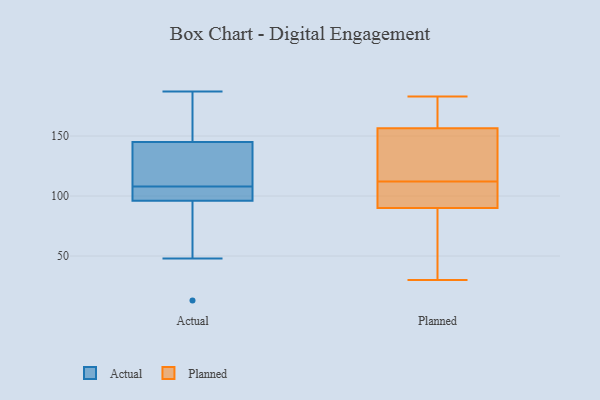
{"axis": {"x": "Revenue (USD Million)", "y": "Value"}, "legend": ["Actual", "Planned"], "data": [{"x": "", "y": 48, "type": "Actual"}, {"x": "", "y": 95, "type": "Actual"}, {"x": "", "y": 110, "type": "Actual"}, {"x": "", "y": 107, "type": "Actual"}, {"x": "", "y": 187, "type": "Actual"}, {"x": "", "y": 151, "type": "Actual"}, {"x": "", "y": 99, "type": "Actual"}, {"x": "", "y": 155, "type": "Actual"}, {"x": "", "y": 88, "type": "Actual"}, {"x": "", "y": 127, "type": "Actual"}, {"x": "", "y": 166, "type": "Actual"}, {"x": "", "y": 100, "type": "Actual"}, {"x": "", "y": 13, "type": "Actual"}, {"x": "", "y": 108, "type": "Actual"}, {"x": "", "y": 110, "type": "Actual"}, {"x": "", "y": 110, "type": "Planned"}, {"x": "", "y": 82, "type": "Planned"}, {"x": "", "y": 91, "type": "Planned"}, {"x": "", "y": 95, "type": "Planned"}, {"x": "", "y": 62, "type": "Planned"}, {"x": "", "y": 109, "type": "Planned"}, {"x": "", "y": 105, "type": "Planned"}, {"x": "", "y": 180, "type": "Planned"}, {"x": "", "y": 154, "type": "Planned"}, {"x": "", "y": 89, "type": "Planned"}, {"x": "", "y": 159, "type": "Planned"}, {"x": "", "y": 158, "type": "Planned"}, {"x": "", "y": 163, "type": "Planned"}, {"x": "", "y": 54, "type": "Planned"}, {"x": "", "y": 183, "type": "Planned"}, {"x": "", "y": 114, "type": "Planned"}, {"x": "", "y": 155, "type": "Planned"}, {"x": "", "y": 116, "type": "Planned"}, {"x": "", "y": 154, "type": "Planned"}, {"x": "", "y": 30, "type": "Planned"}]}